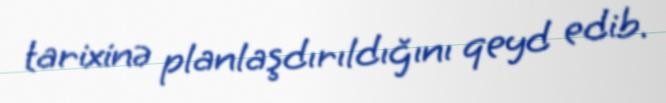
tarixinə planlaşdırıldığını qeyd edib.